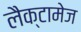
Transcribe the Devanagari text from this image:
लैक्टामेज